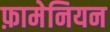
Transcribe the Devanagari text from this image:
फ़ामेनियन